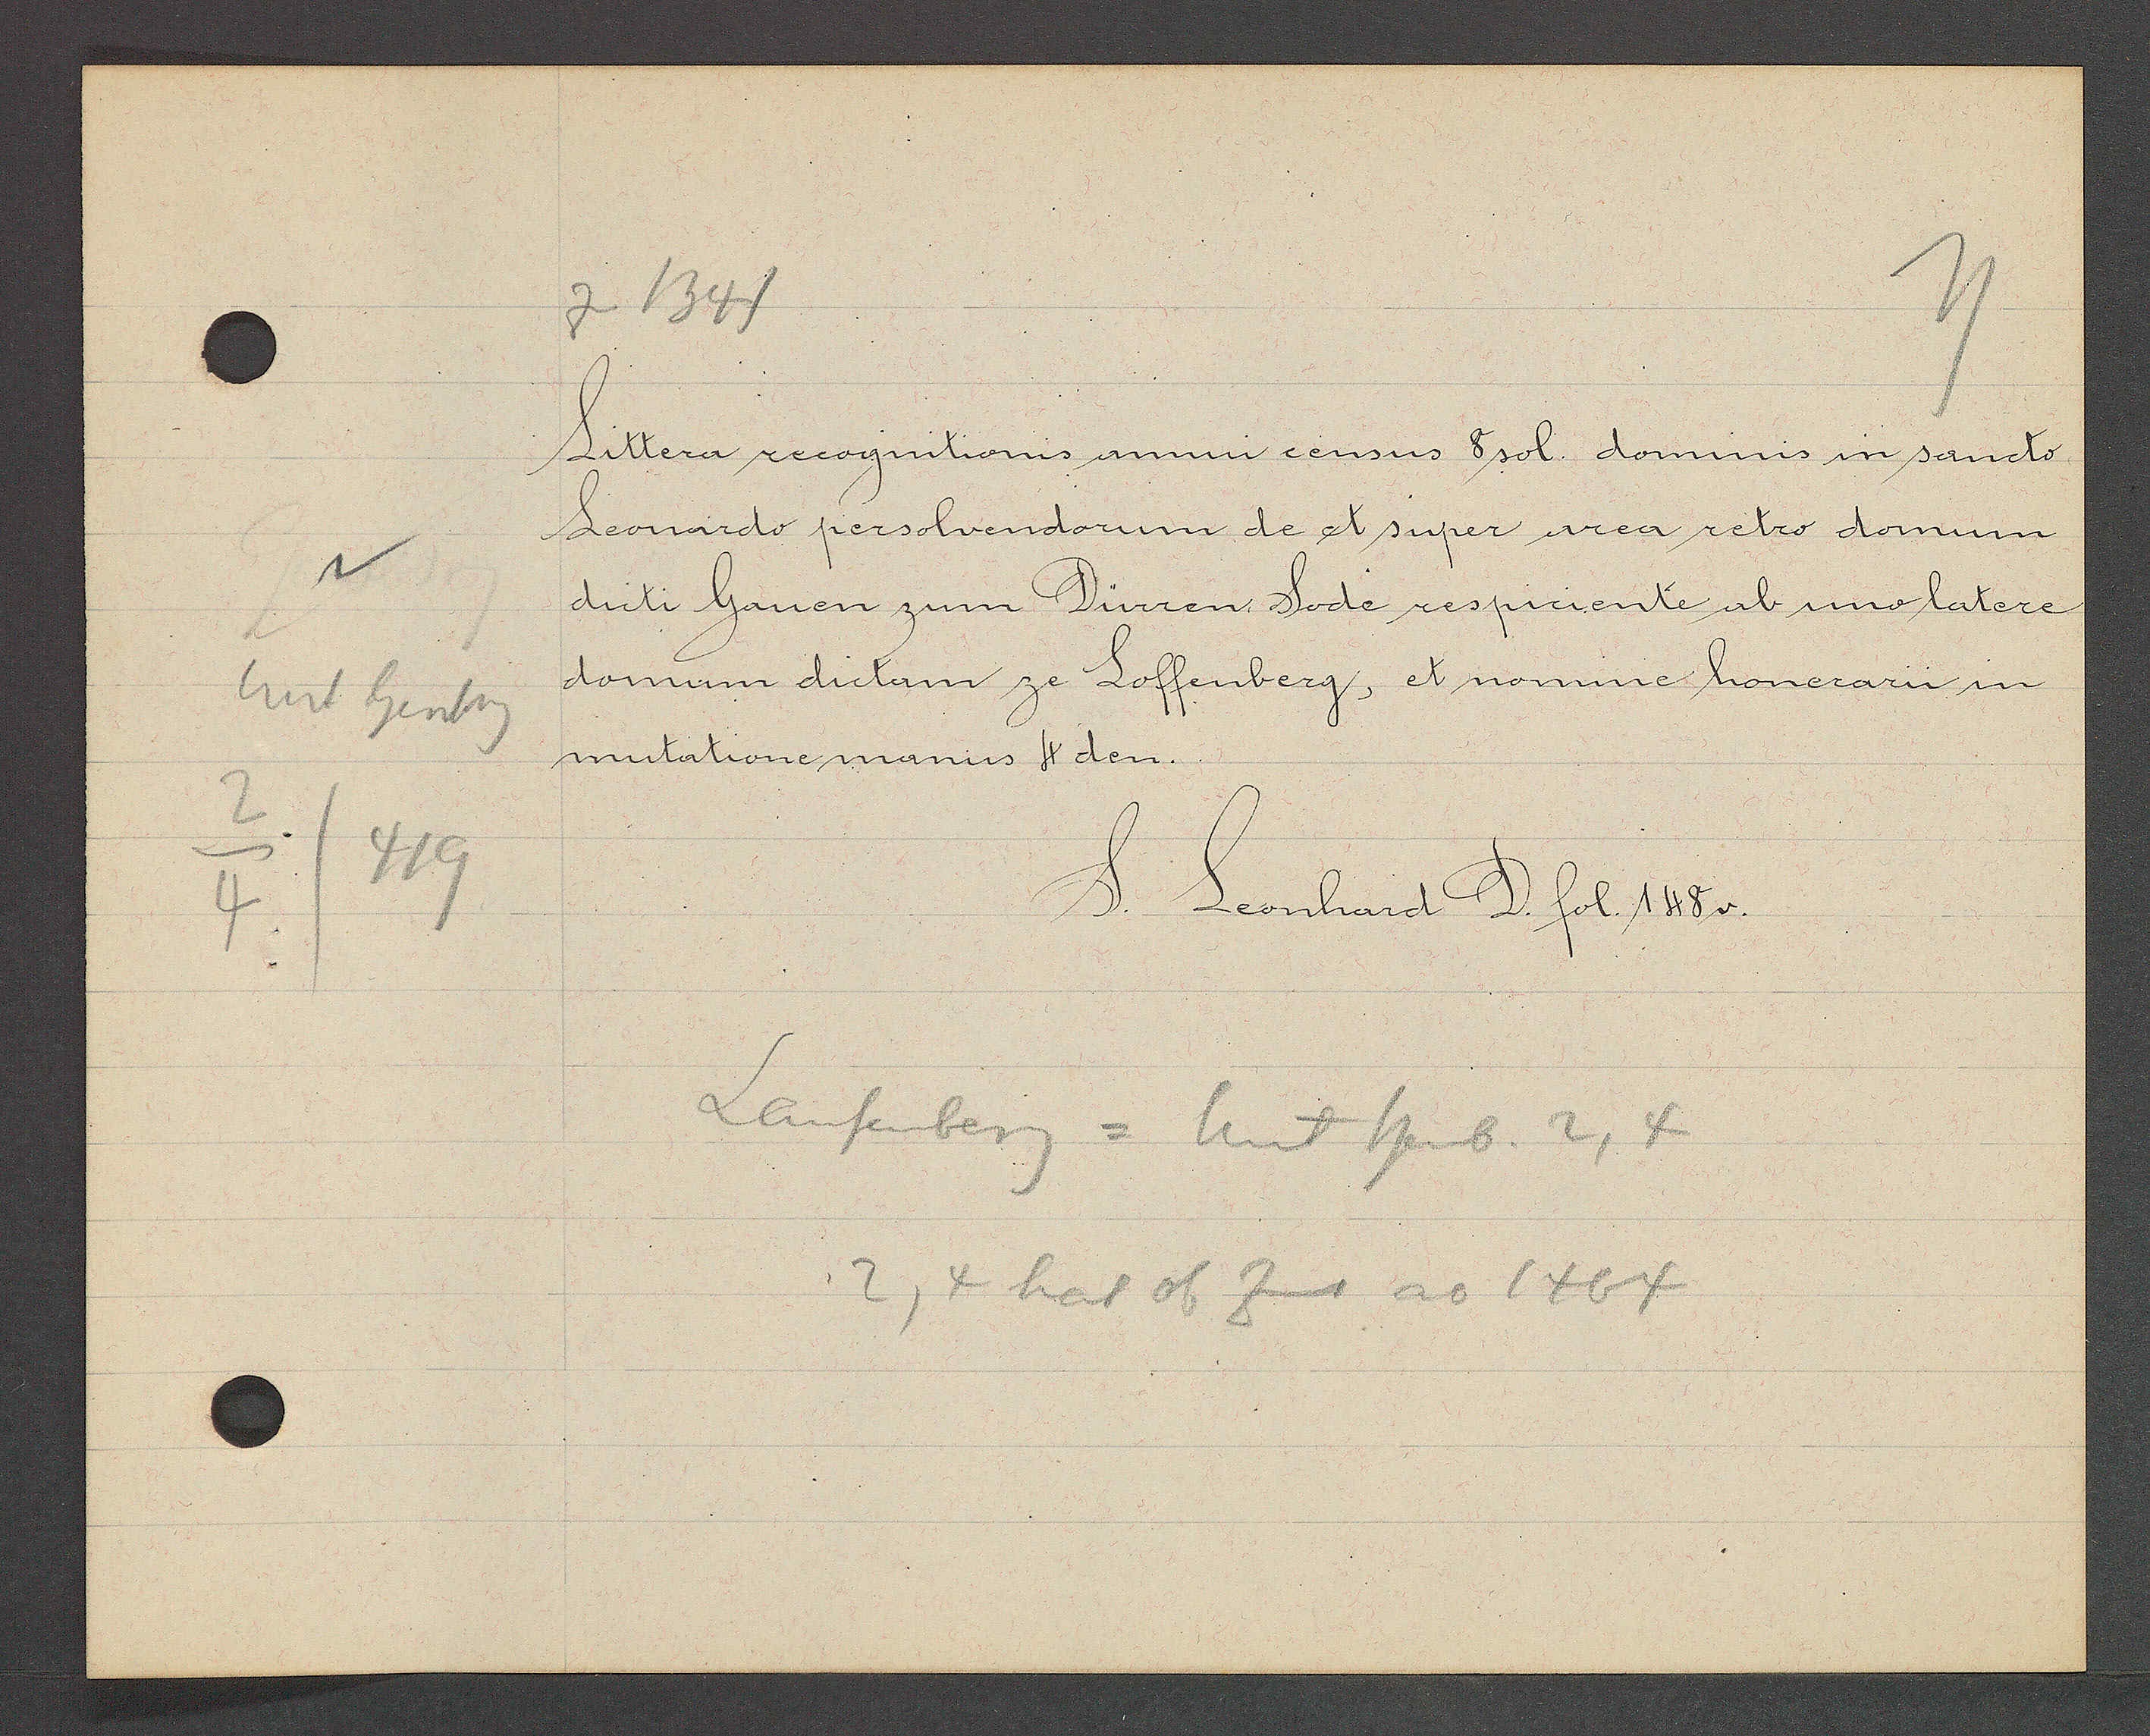
Transcript:
Unt heuberg
2
4
v
419

j 1341

Littera recognitioris annu census 8 sol. dominis in sancto
Leonardo persolvendorum de et super area retro domum
dicti Hauen zum Dürren Sode respiciente ab uno latere
domum dictam ze Loffenberg, et nomine honerarii in
mutatione manus 4 den

Leonhard D. fol 188v.

Laufenberg = Unt heub. 2,4
2, 4 hat ob Zins ao 1464